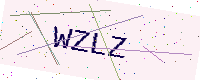
Text: WZLZ